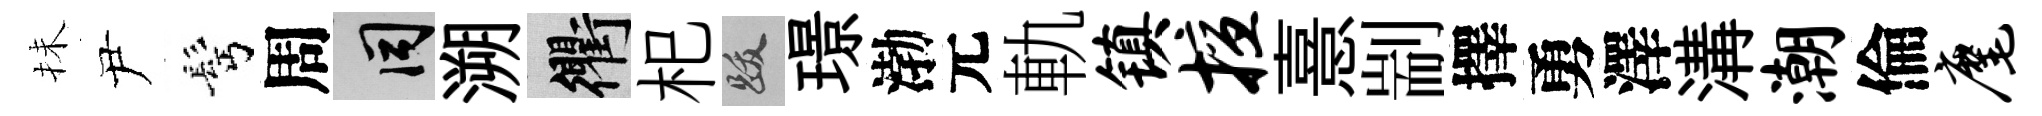
抺尹髩周间溯衢𣏌跋璟渤元軌镇擅憙剬擇勇澤溝潮倫麾